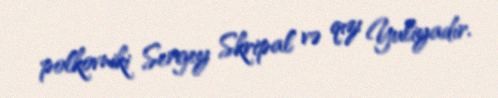
polkovniki Sergey Skripal və qızı Yuliyadır.